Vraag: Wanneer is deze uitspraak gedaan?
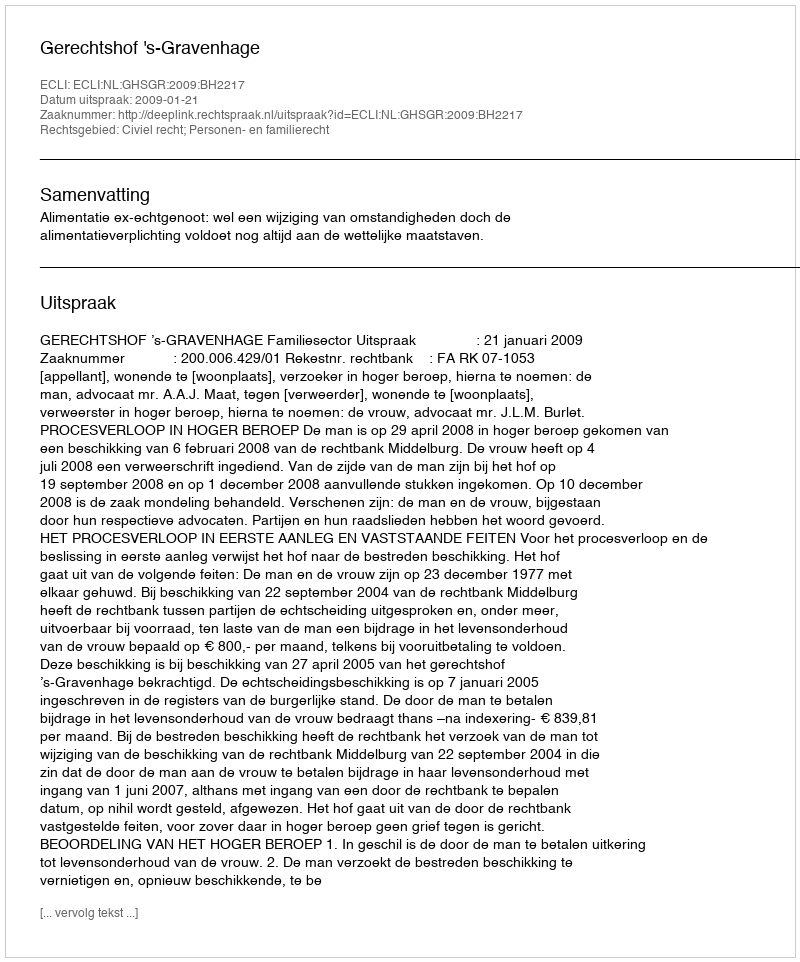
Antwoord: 2009-01-21